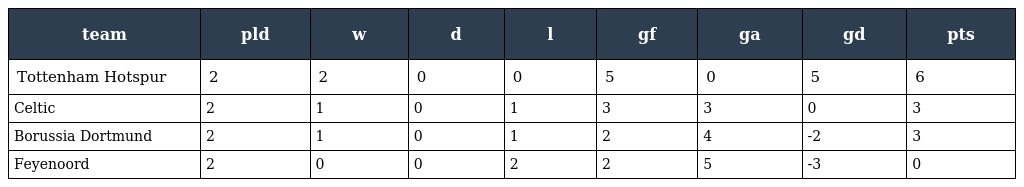
| team | pld | w | d | l | gf | ga | gd | pts |
 | --- | --- | --- | --- | --- | --- | --- | --- | --- |
 | Tottenham Hotspur | 2 | 2 | 0 | 0 | 5 | 0 | 5 | 6 |
 | Celtic | 2 | 1 | 0 | 1 | 3 | 3 | 0 | 3 |
 | Borussia Dortmund | 2 | 1 | 0 | 1 | 2 | 4 | -2 | 3 |
 | Feyenoord | 2 | 0 | 0 | 2 | 2 | 5 | -3 | 0 |